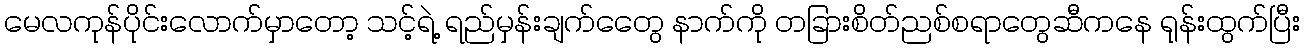
မေလကုန်ပိုင်းလောက်မှာတော့ သင့်ရဲ့ ရည်မှန်းချက်တွေေ နာက်ကို တခြားစိတ်ညစ်စရာတွေဆီကနေ ရုန်းထွက်ပြီး